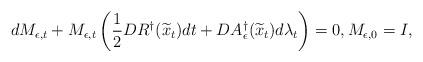
LaTeX: \begin{align*}dM_{\epsilon,t}+M_{\epsilon,t}\left(\frac{1}{2}DR^\dagger({\widetilde x}_t)dt+DA_{\epsilon}^\dagger({\widetilde x}_t) d\lambda_t\right)=0, M_{\epsilon,0}=I,\end{align*}